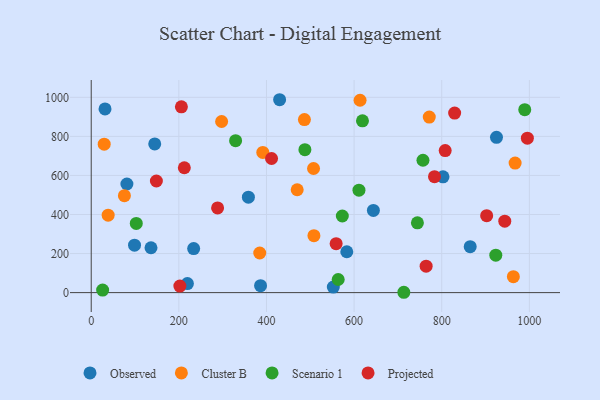
{"axis": {"x": "Ad Spend", "y": "Exam Score"}, "legend": ["Cluster B", "Observed", "Projected", "Scenario 1"], "data": [{"x": "430.0", "y": 987.7, "type": "Observed"}, {"x": "925.0", "y": 795.1, "type": "Observed"}, {"x": "233.8", "y": 225.4, "type": "Observed"}, {"x": "358.7", "y": 488.6, "type": "Observed"}, {"x": "98.8", "y": 242.9, "type": "Observed"}, {"x": "802.9", "y": 593.1, "type": "Observed"}, {"x": "644.0", "y": 420.6, "type": "Observed"}, {"x": "31.5", "y": 940.8, "type": "Observed"}, {"x": "583.3", "y": 209.3, "type": "Observed"}, {"x": "552.6", "y": 28.3, "type": "Observed"}, {"x": "144.9", "y": 761.3, "type": "Observed"}, {"x": "136.4", "y": 229.7, "type": "Observed"}, {"x": "386.5", "y": 35.5, "type": "Observed"}, {"x": "865.0", "y": 235.1, "type": "Observed"}, {"x": "219.5", "y": 46.5, "type": "Observed"}, {"x": "81.4", "y": 556.1, "type": "Observed"}, {"x": "613.6", "y": 985.0, "type": "Cluster B"}, {"x": "470.1", "y": 526.6, "type": "Cluster B"}, {"x": "507.4", "y": 635.6, "type": "Cluster B"}, {"x": "75.7", "y": 496.6, "type": "Cluster B"}, {"x": "967.5", "y": 663.3, "type": "Cluster B"}, {"x": "486.6", "y": 885.9, "type": "Cluster B"}, {"x": "38.6", "y": 396.4, "type": "Cluster B"}, {"x": "29.6", "y": 760.0, "type": "Cluster B"}, {"x": "771.6", "y": 898.6, "type": "Cluster B"}, {"x": "508.3", "y": 291.6, "type": "Cluster B"}, {"x": "297.6", "y": 876.3, "type": "Cluster B"}, {"x": "384.6", "y": 202.9, "type": "Cluster B"}, {"x": "391.6", "y": 717.6, "type": "Cluster B"}, {"x": "963.5", "y": 81.4, "type": "Cluster B"}, {"x": "989.5", "y": 936.7, "type": "Scenario 1"}, {"x": "923.4", "y": 191.5, "type": "Scenario 1"}, {"x": "329.5", "y": 777.9, "type": "Scenario 1"}, {"x": "102.8", "y": 354.5, "type": "Scenario 1"}, {"x": "744.5", "y": 357.5, "type": "Scenario 1"}, {"x": "611.1", "y": 524.6, "type": "Scenario 1"}, {"x": "487.7", "y": 731.9, "type": "Scenario 1"}, {"x": "713.5", "y": 1.7, "type": "Scenario 1"}, {"x": "757.2", "y": 677.8, "type": "Scenario 1"}, {"x": "573.1", "y": 392.2, "type": "Scenario 1"}, {"x": "563.7", "y": 67.2, "type": "Scenario 1"}, {"x": "619.1", "y": 879.6, "type": "Scenario 1"}, {"x": "26.0", "y": 13.2, "type": "Scenario 1"}, {"x": "202.3", "y": 33.6, "type": "Projected"}, {"x": "148.7", "y": 571.5, "type": "Projected"}, {"x": "559.0", "y": 250.7, "type": "Projected"}, {"x": "995.5", "y": 790.7, "type": "Projected"}, {"x": "829.5", "y": 919.4, "type": "Projected"}, {"x": "288.4", "y": 433.6, "type": "Projected"}, {"x": "764.4", "y": 135.5, "type": "Projected"}, {"x": "943.9", "y": 366.0, "type": "Projected"}, {"x": "205.8", "y": 951.4, "type": "Projected"}, {"x": "411.6", "y": 686.7, "type": "Projected"}, {"x": "783.5", "y": 593.8, "type": "Projected"}, {"x": "212.5", "y": 639.4, "type": "Projected"}, {"x": "902.6", "y": 393.9, "type": "Projected"}, {"x": "807.9", "y": 727.4, "type": "Projected"}]}